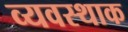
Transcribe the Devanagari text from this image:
व्यवस्थाक